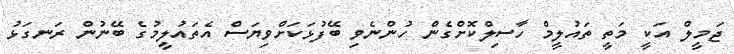
ޖަމީލް އަކީ މަތީ ތައުލީމް ހާސިލްކޮށްގެން ހުންނެވި ބޭފުޅަކަށްވިޔަސް އެތައުލީމުގެ ބޭނުން ރަނގަޅު